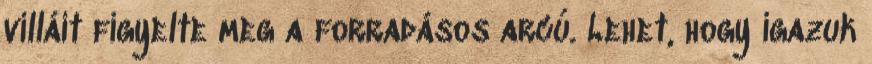
villáit figyelte meg a forradásos arcú. Lehet, hogy igazuk